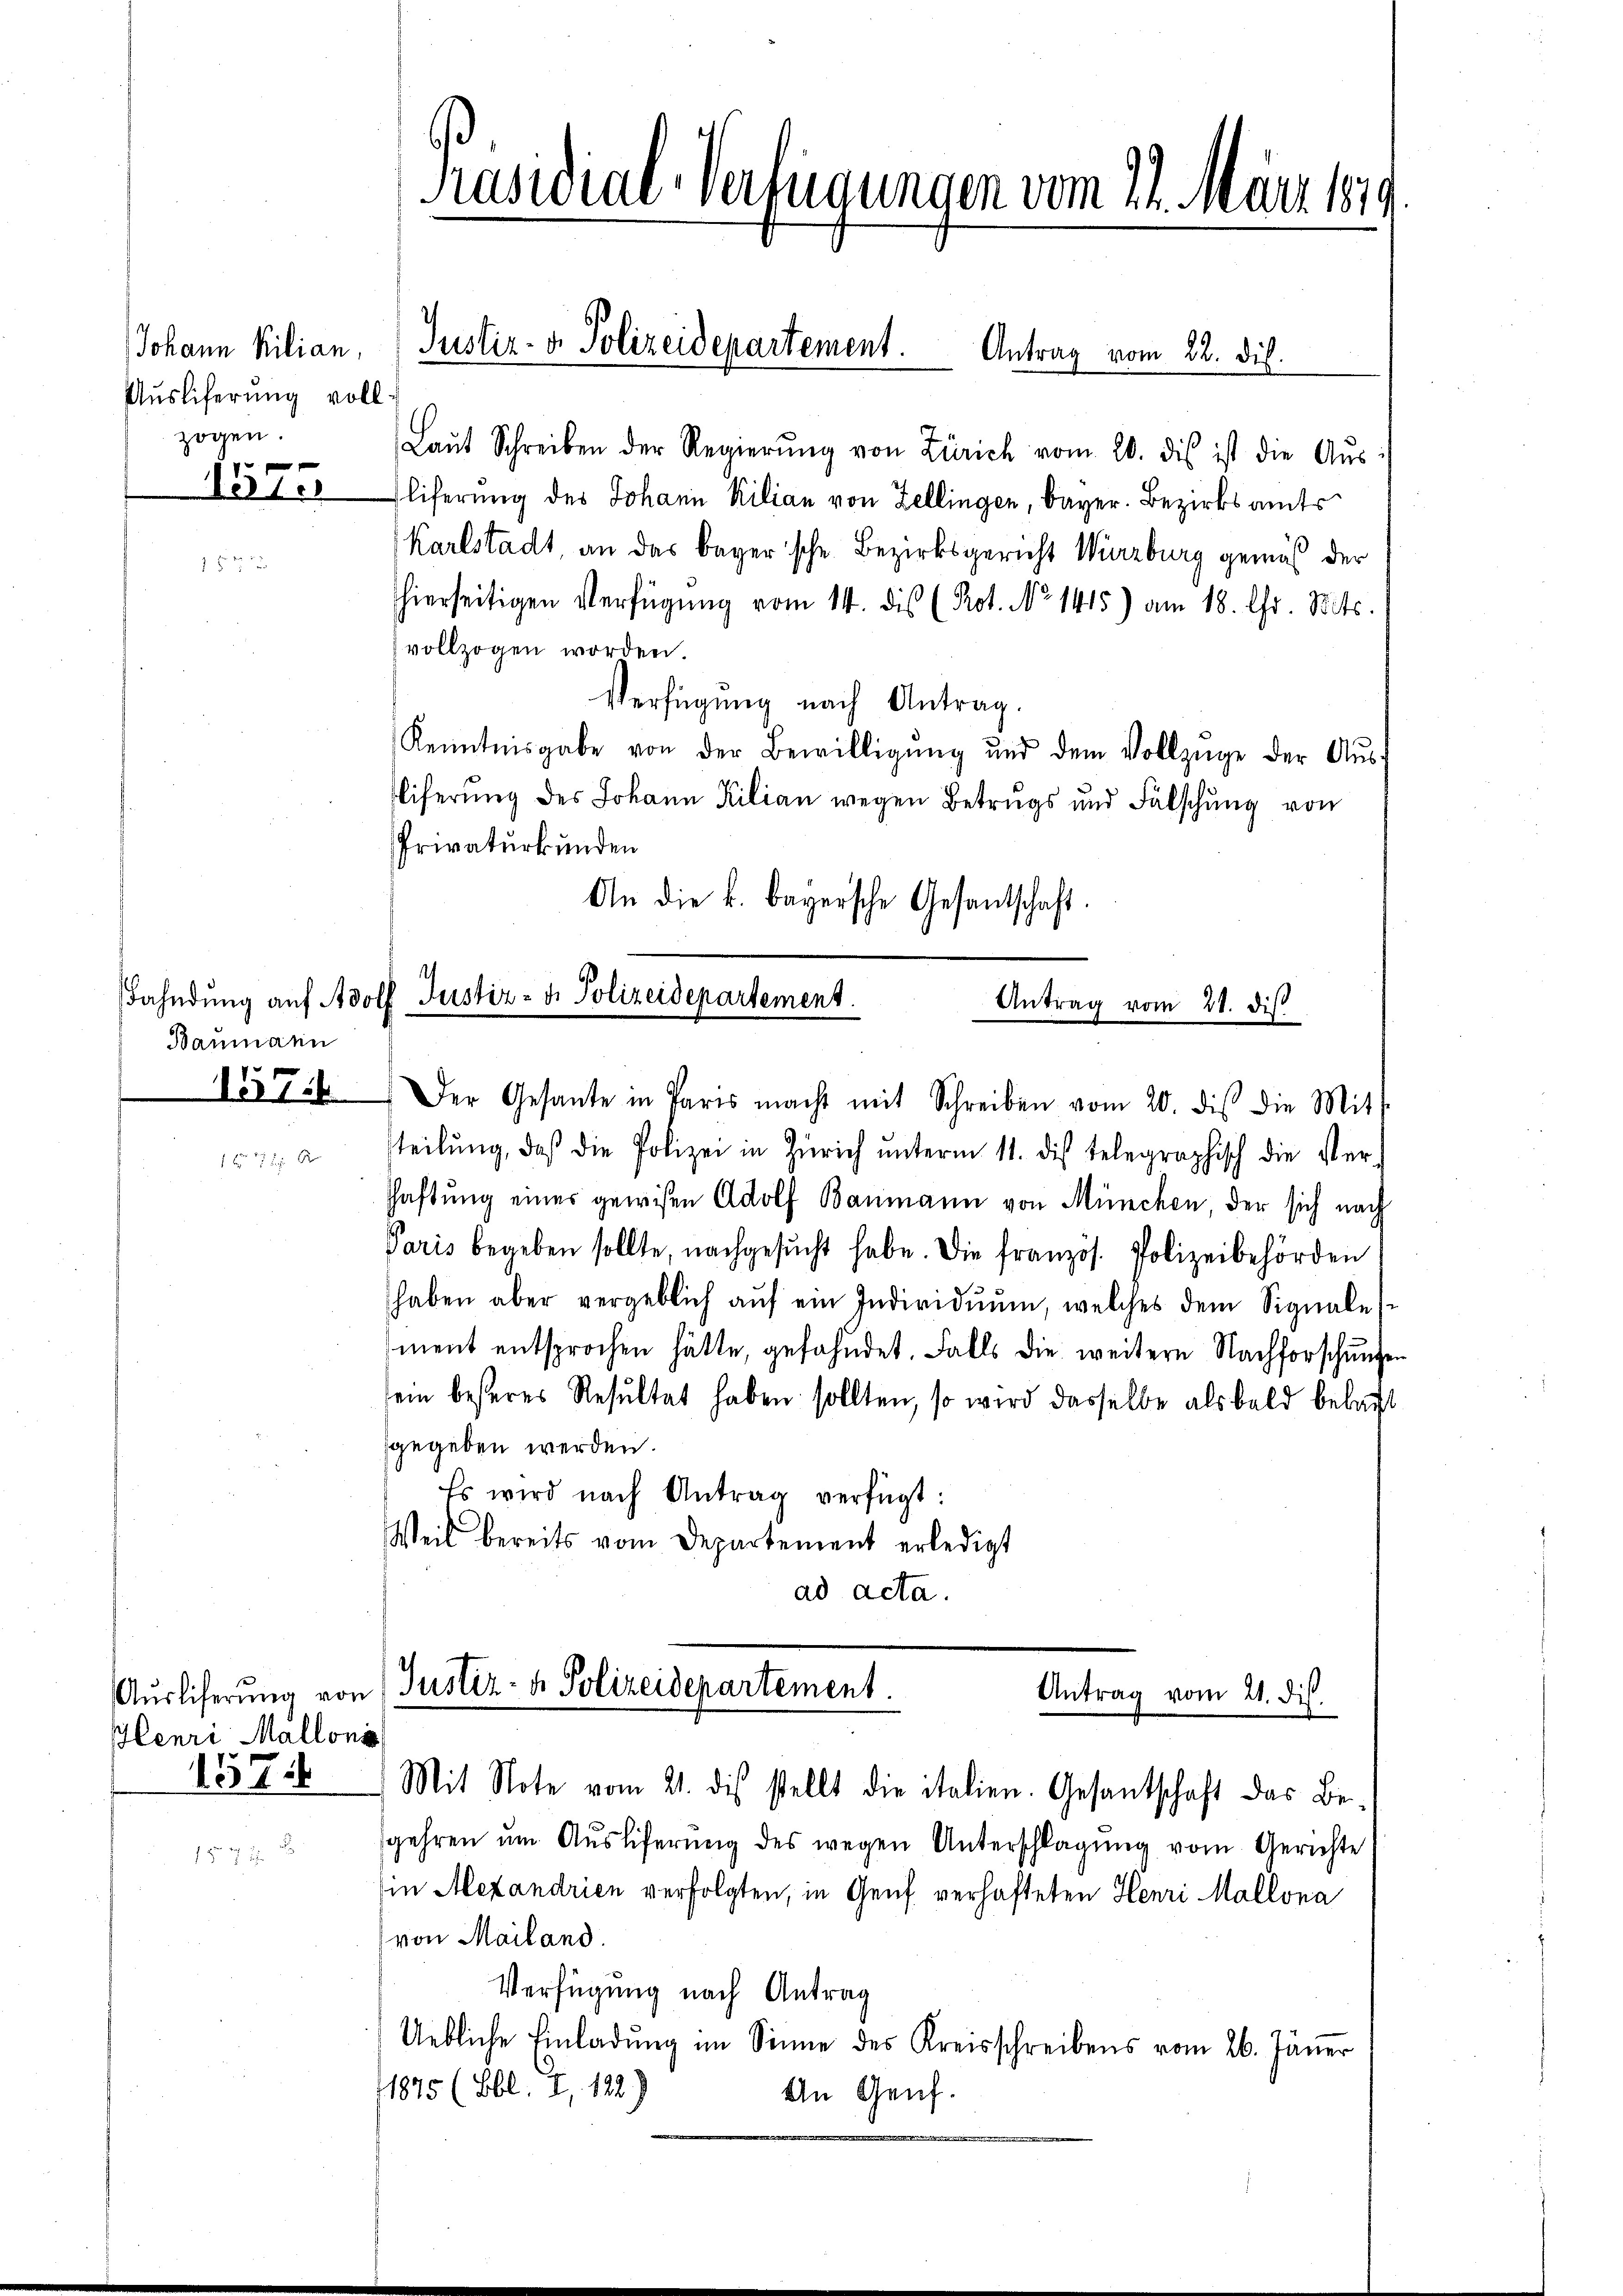
Johann Kilian,
Ausliferung voll
zogen.
 f 0 x

1510

Baumann
157.

R

Henri Mallonis
157

Präsidial-Verfügungen vom 21. März 1879.

Laŭt Schreiben der Regierŭng von Zürich vom 20. dis ist die Aŭs-
liferung des Johann Kilian von Zellingen, Bayer. Bezirksamts
Karlstadt, an das Bayerische Bezirksgericht Wirzburg gemäß der
hierseitigen Verfügung vom 14. dis (Pot. No 1415) am 18. Chr. Mts.
vollzogen worden.
Verfügung nach Antrag.
Kenntnisgabe von der Bewilligŭng und dem Vollzüge der Aŭs-
Eliferung des Johann Kilian wegen Betrugs und Fälschung von
Privaturkunden
An die k. bayersche Gesantschaft.
Fahndung auf Adolf Justiz- u. Polizeidepartement.
Antrag vom 21. dis
Der Gesante in Paris macht mit Schreiben vom 20. dis die Mitt
steilŭng, daß die Polizei in Zürich unterm 11. dies telegraphisch die Verschaftung einer gewisen Adolf Baumann von München der sich nach
Paris begeben sollte, nachgesŭcht habe. Die französ. Polizeibehörden
haben aber vergeblich aŭf ein Individuum, welches dem Signales
ment entsprochen hätte, gefahndet. Falls die weitere Nachforschungen
ein besseres Resultat haben sollten, so wird dasselbe als bald bebaut
gegeben werden.
Es wird nach Antrag verfügt:
Weil bereits vom Departement erledigt
ad acta.

Justiz- & Polizeidepartement. Antrag vom 22. dis.

Aŭsliferŭng von (Justiz- & Polizeidepartement.
Antrag vom 21. dis.
Mit Note vom 21. des stellt die italien. Gesantschaft das Be¬

sgehren ŭm Aŭsliferung des wegen Unterschlagung vom Gerichte
in Alexandrien verfolgten, in Genf verhafteten Henri Mallona
von Mailand.
Verfügung nach Antrag
Uebliche Einladung im Sinne des Kreisschreibens vom 26. Jäner
1875 (Ebl. 7, 122)
An Genf.